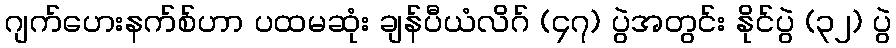
ဂျက်ဟေးနက်စ်ဟာ ပထမဆုံး ချန်ပီယံလိဂ် (၄၇) ပွဲအတွင်း နိုင်ပွဲ (၃၂) ပွဲ